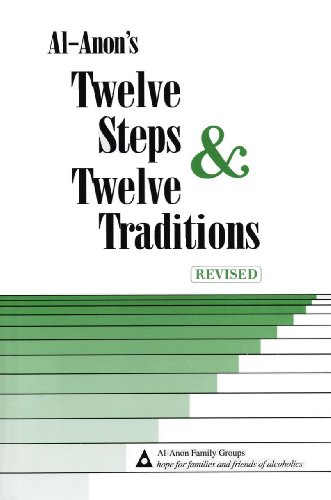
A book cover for Al-Anons Twelve Steps & Twelve Traditions; Al Anon; Health, Fitness & Dieting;